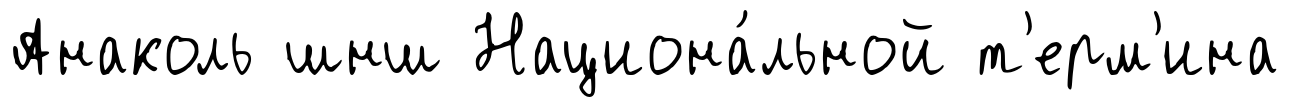
Анаколь шнш Национа́льной т'ерм'ина